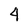
Character: 4